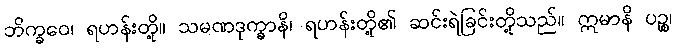
ဘိက္ခဝေ၊ ရဟန်းတို့။ သမဏဒုက္ခာနိ၊ ရဟန်းတို့၏ ဆင်းရဲခြင်းတို့သည်။ ဣမာနိ ပဉ္စ၊